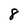
Character: 8